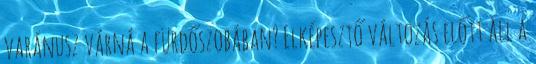
varánusz várná a fürdőszobában? Elképesztő változás előtt áll a